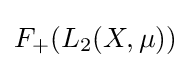
F_{+}(L_{2}(X,\mu ))